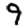
Digit: 9